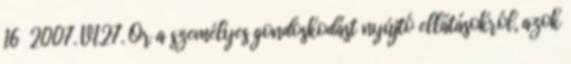
16 2007. VI.27. Ör a személyes gondoskodást nyújtó ellátásokról, azok